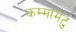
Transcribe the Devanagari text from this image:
कम्‍मामेटु